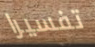
تفسيرا